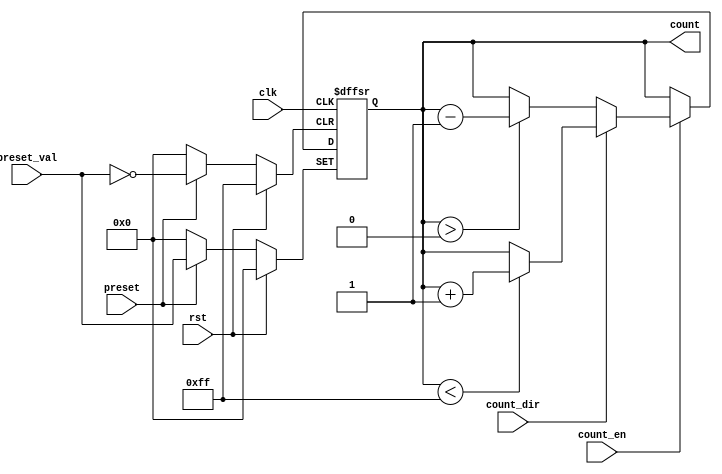
module presettable_counter (
    input wire clk,                // Clock signal
    input wire rst,                // Asynchronous reset
    input wire preset,             // Asynchronous preset signal
    input wire [7:0] preset_val,   // Preset value (8-bit wide)
    input wire count_en,           // Count enable signal
    input wire count_dir,          // Count direction (1 for up, 0 for down)
    output reg [7:0] count         // Current counter value (8-bit wide)
);

    // Define the maximum and minimum values for the counter
    parameter MAX_COUNT = 8'hFF;   // Maximum value for an 8-bit counter
    parameter MIN_COUNT = 8'h00;   // Minimum value for an 8-bit counter

    always @(posedge clk or posedge rst or posedge preset) begin
        if (rst) begin
            // Asynchronous reset
            count <= MIN_COUNT; // Reset counter to zero
        end else if (preset) begin
            // Asynchronous preset
            count <= preset_val; // Load preset value
        end else if (count_en) begin
            // Counting logic
            if (count_dir) begin
                // Count up
                if (count < MAX_COUNT) begin
                    count <= count + 1; // Increment counter
                end
            end else begin
                // Count down
                if (count > MIN_COUNT) begin
                    count <= count - 1; // Decrement counter
                end
            end
        end
    end

endmodule